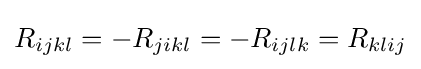
R_{ijkl}=-R_{jikl}=-R_{ijlk}=R_{klij}